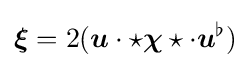
{\boldsymbol {\xi }}=2({\boldsymbol {u}}\cdot \star {\boldsymbol {\chi }}\star \cdot {\boldsymbol {u}}^{\flat })